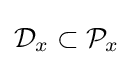
{\mathcal {D}}_{x}\subset {\mathcal {P}}_{x}